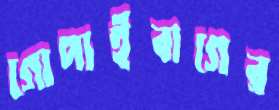
গোপাইবাগের